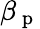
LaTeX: \beta_{\mathrm{~p~}}